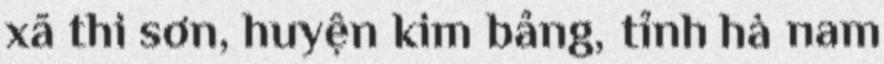
xã thi sơn, huyện kim bảng, tỉnh hà nam